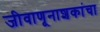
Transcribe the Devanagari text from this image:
जीवाणूनाशकांचा